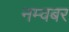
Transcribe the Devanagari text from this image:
नम्वबर